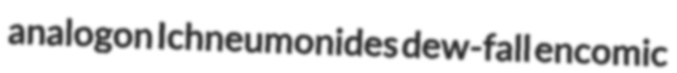
analogon Ichneumonides dew-fall encomic